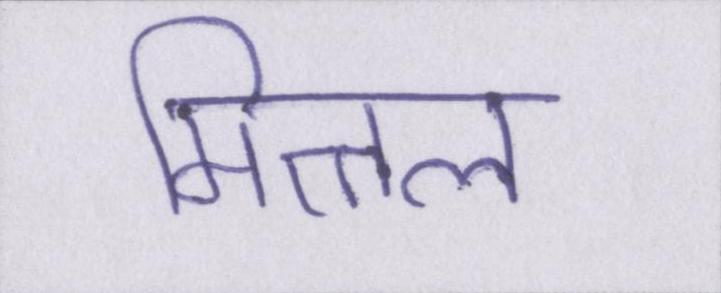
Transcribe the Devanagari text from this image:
मित्तल